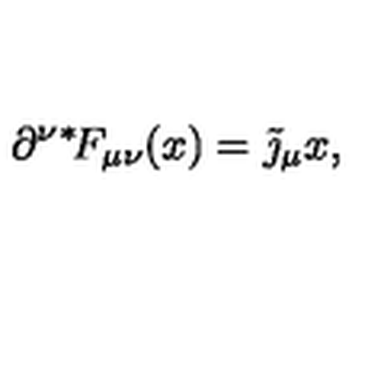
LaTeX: \partial ^ { \nu } { } ^ { * } \! F _ { \mu \nu } ( x ) = \tilde { \jmath } _ { \mu } { x } ,